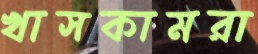
খাসকামরা